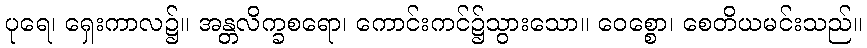
ပုရေ၊ ရှေးကာလ၌။ အန္တလိက္ခစရော၊ ကောင်းကင်၌သွားသော။ ဝေစ္စော၊ စေတိယမင်းသည်။